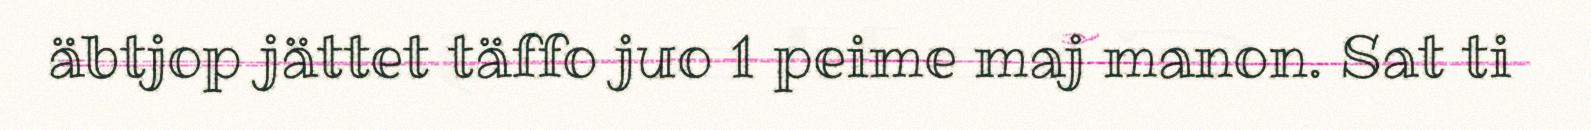
äbtjop jättet täffo juo 1 peime maj manon. Sat ti